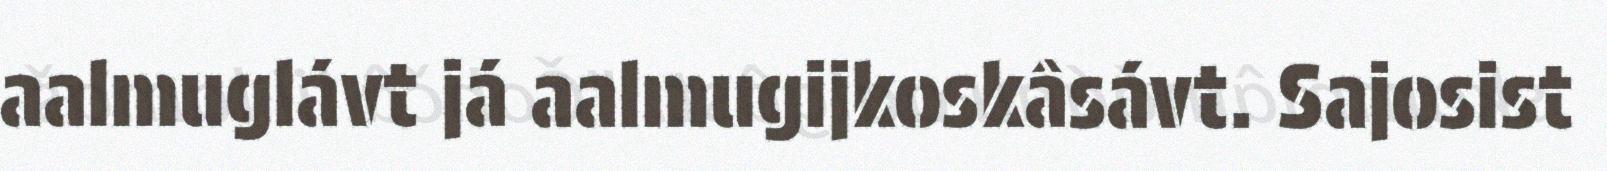
aalmuglávt já aalmugijkoskâsávt. Sajosist